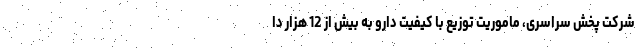
شرکت پخش سراسری، ماموریت توزیع با کیفیت دارو به بیش از 12 هزار دا